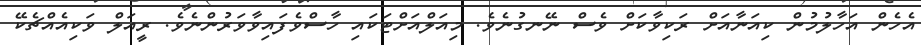
އެހެން އަހާލުމުން ކިއަނާއަށް ރަކިވާކަށް ވެސް ނޭނގުނެވެ. މިއަލްއަށްޓަކައި ހާސްވެފައިވާވަރުންނެވެ. ރީއަލް ވަކިއެއްޗެކޭ